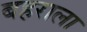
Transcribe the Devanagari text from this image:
बहराला